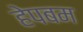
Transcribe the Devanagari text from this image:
हेपबम